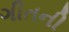
ગીતની